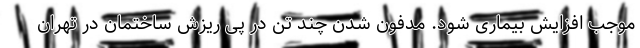
موجب افزایش بیماری شود. مدفون شدن چند تن در پی ریزش ساختمان در تهران